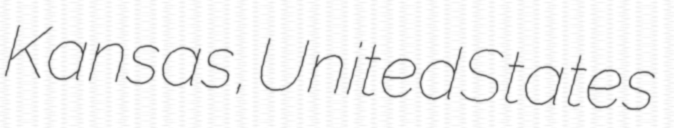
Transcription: Kansas, United States